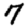
Digit: 7